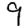
Digit: 9